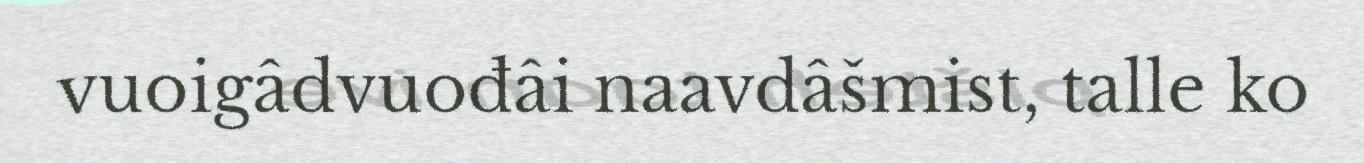
vuoigâdvuođâi naavdâšmist, talle ko